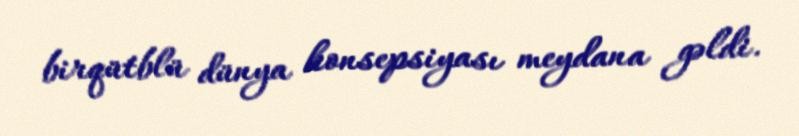
birqütblü dünya konsepsiyası meydana gəldi.